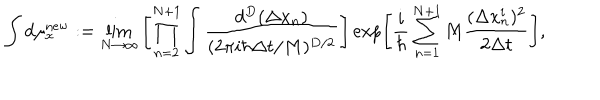
LaTeX: \int d \mu _ { x } ^ { \mathrm { n e w } } : = \lim _ { N \rightarrow \infty } \left[ \prod _ { n = 2 } ^ { N + 1 } \int \frac { d ^ { D } ( \Delta x _ { n } ) } { ( 2 \pi i \hbar \Delta t / M ) ^ { D / 2 } } \right] \exp \left[ \frac { i } { \hbar } \sum _ { n = 1 } ^ { N + 1 } M \frac { ( \Delta x _ { n } ^ { i } ) ^ { 2 } } { 2 \Delta t } \right] ,